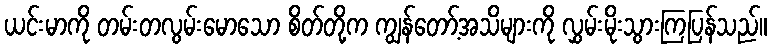
ယင်းမာကို တမ်းတလွမ်းမောသော စိတ်တို့က ကျွန်တော့်အသိများကို လွှမ်းမိုးသွားကြပြန်သည်။